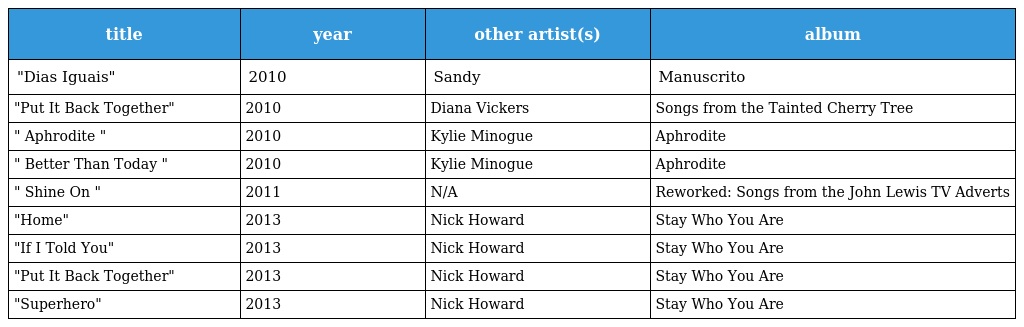
| title | year | other artist(s) | album |
 | --- | --- | --- | --- |
 | "Dias Iguais" | 2010 | Sandy | Manuscrito |
 | "Put It Back Together" | 2010 | Diana Vickers | Songs from the Tainted Cherry Tree |
 | " Aphrodite " | 2010 | Kylie Minogue | Aphrodite |
 | " Better Than Today " | 2010 | Kylie Minogue | Aphrodite |
 | " Shine On " | 2011 | N/A | Reworked: Songs from the John Lewis TV Adverts |
 | "Home" | 2013 | Nick Howard | Stay Who You Are |
 | "If I Told You" | 2013 | Nick Howard | Stay Who You Are |
 | "Put It Back Together" | 2013 | Nick Howard | Stay Who You Are |
 | "Superhero" | 2013 | Nick Howard | Stay Who You Are |